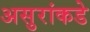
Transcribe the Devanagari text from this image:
असुरांकडे